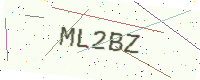
Text: ML2BZ